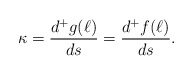
\begin{align*}\kappa= \frac{d^+g(\ell)}{ds}= \frac{d^+f(\ell)}{ds}.\end{align*}